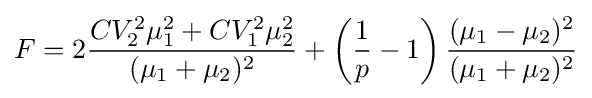
F=2{\frac {CV_{2}^{2}\mu _{1}^{2}+CV_{1}^{2}\mu _{2}^{2}}{(\mu _{1}+\mu _{2})^{2}}}+\left({\frac {1}{p}}-1\right){\frac {(\mu _{1}-\mu _{2})^{2}}{(\mu _{1}+\mu _{2})^{2}}}